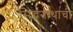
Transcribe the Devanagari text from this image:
सिद्धनाथाची